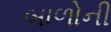
બાળોની